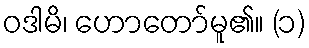
ဝဒါမိ၊ ဟောတော်မူ၏။ (၁)